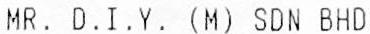
MR. D.I.Y. (M) SDN BHD